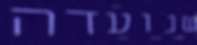
שנועדה